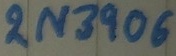
Text: 2N3906